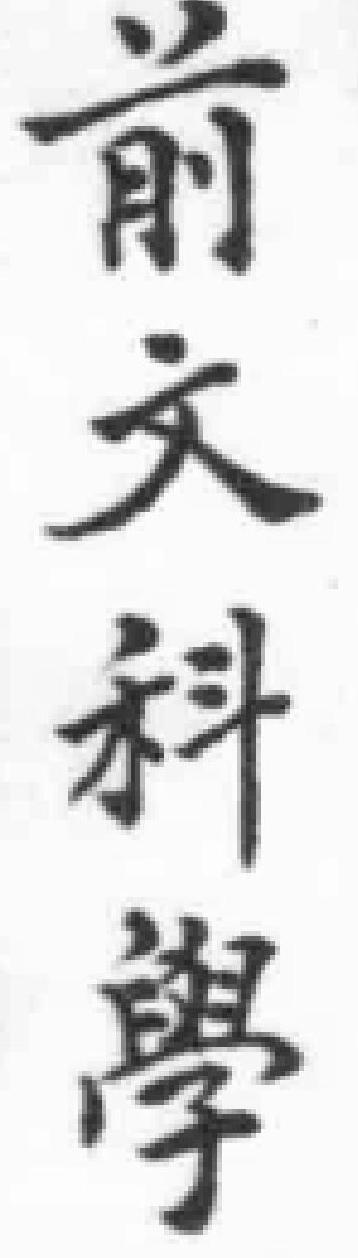
前文科學